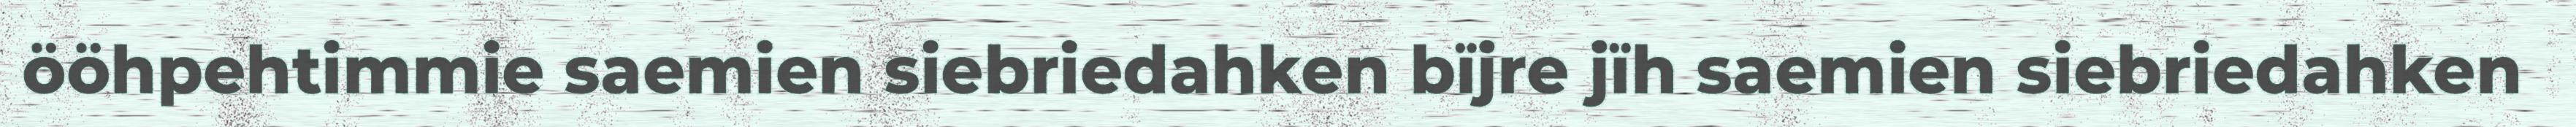
ööhpehtimmie saemien siebriedahken bïjre jïh saemien siebriedahken